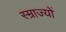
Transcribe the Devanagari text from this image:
स्म्राज्यों